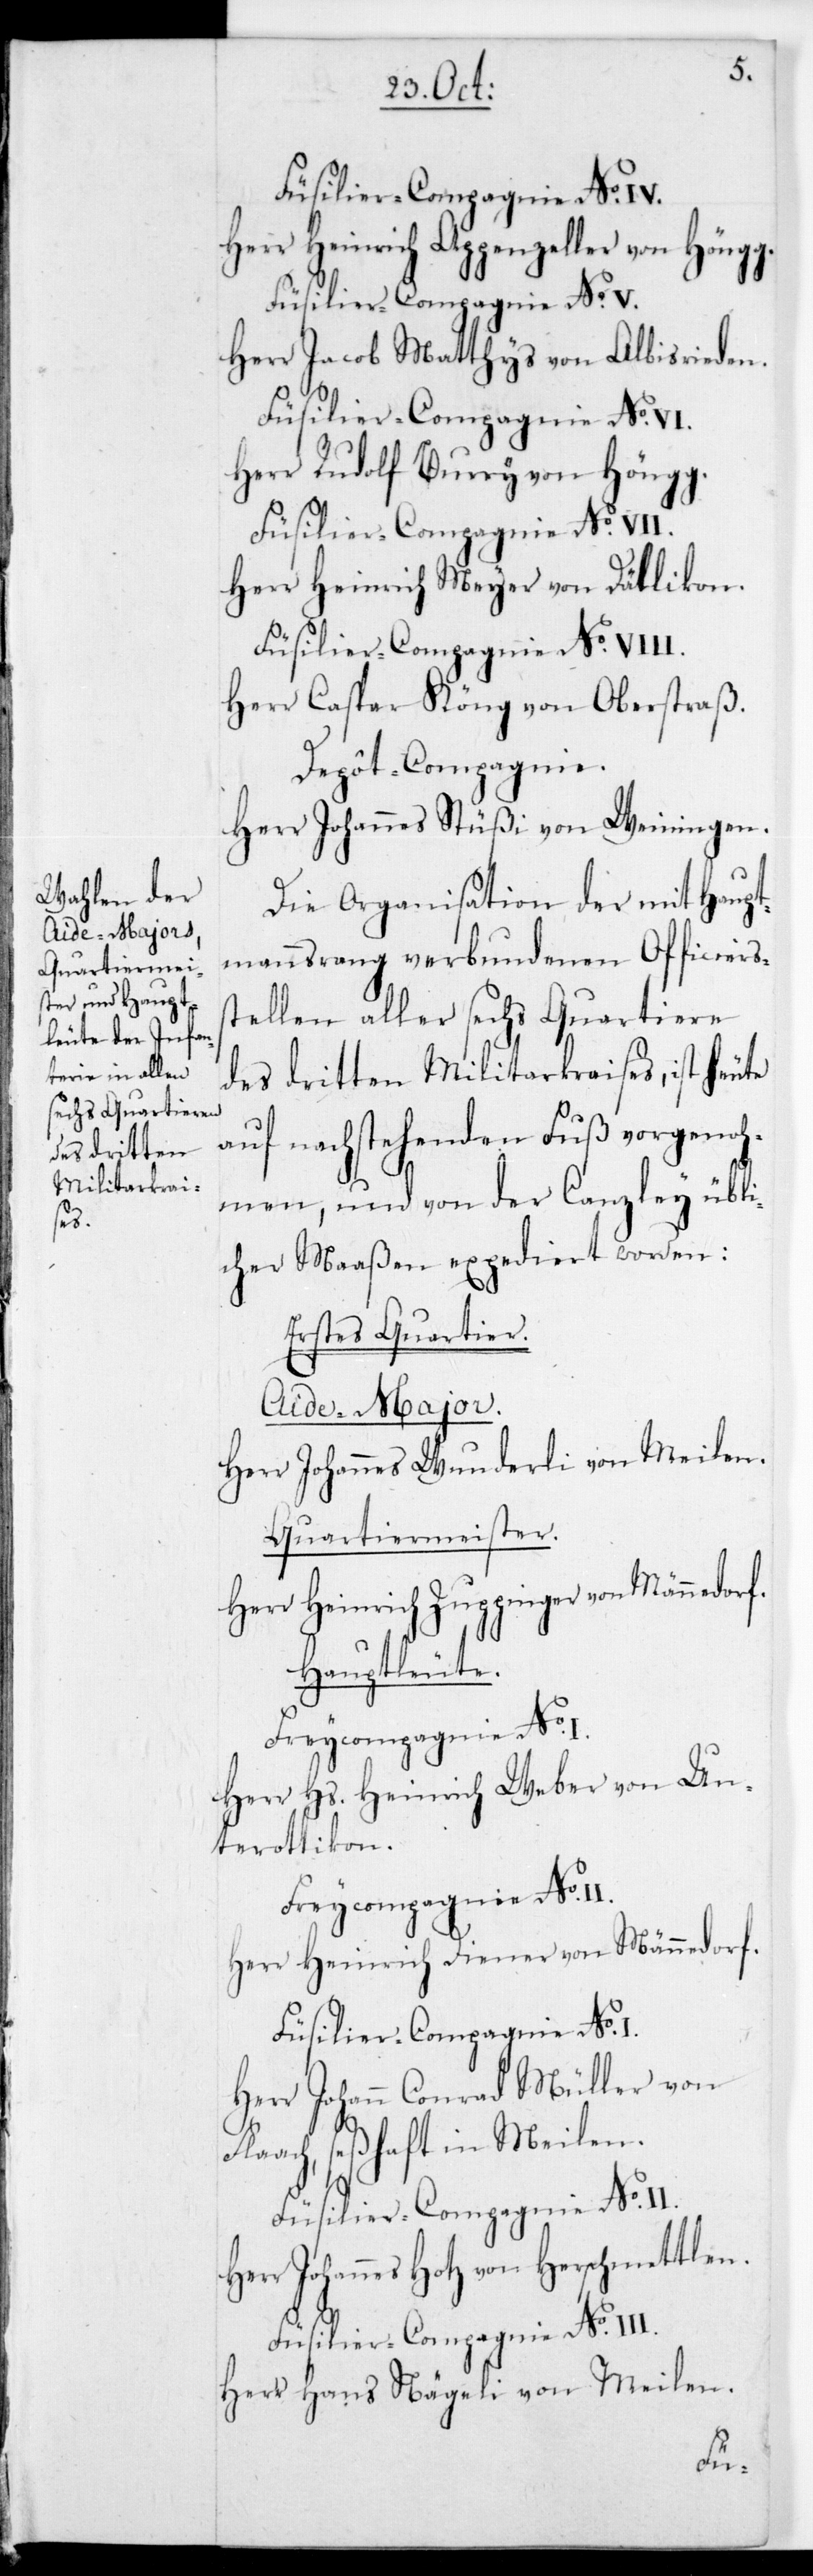
Herr Heinrich Appenzeller von Höngg.
Herr Jacob Matthys von Albisrieden.
Füsilier-Compagnie No. VI.
Herr Rudolf Burry von Höngg.
Herr Heinrich Meyer von Dällikon.
Füsilier-Compagnie No. VIII.
Herr Caspar Köng von Oberstraß.
Depôt-Compagnie.
Herr Johannes Stüßi von Weiningen.
Die Organisation der mit Haupt¬
mannsrang verbundenen Officiers¬
stellen aller sechs Quartiere
des dritten Militarkraises, ist heute
auf nachstehenden Fuß vorgenoh¬
men, und von der Canzley übli¬
cher Maaßen expediert worden.
Erstes Quartier.
Aide-Major.
Herr Johannes Wunderli von Meilen.
Quartiermeister.
Herr Heinrich Zuppinger von Männedorf.
Hauptleute.
Herr Hs. Heinrich Weber von Un¬
terottikon.
Freycompagnie No.
Herr Heinrich Diener von Männedorf.
Herr Johann Conrad Müller von
Flaach, seßhaft in Meilen.
r Johannes Hotz von Herschmettlen
Füsilier-Compagnie No. III.
Herr Hans Nägeli von Meilen.
Her¬